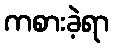
ကစားခဲ့ရာ